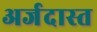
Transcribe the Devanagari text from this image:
अर्जदास्‍त